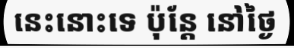
នេះនោះទេ ប៉ុន្តែ នៅថ្ងៃ